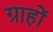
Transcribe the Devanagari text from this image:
ग्राहों